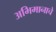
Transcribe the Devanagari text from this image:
अभिमानाचे